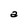
Character: a